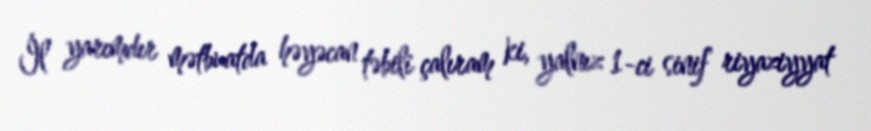
İl yarımdır mətbuatda həyəcan təbili çalıram ki, yalnız 1-ci sinif riyaziyyat